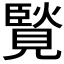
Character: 𧡼